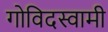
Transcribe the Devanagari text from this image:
गोविदस्वामी